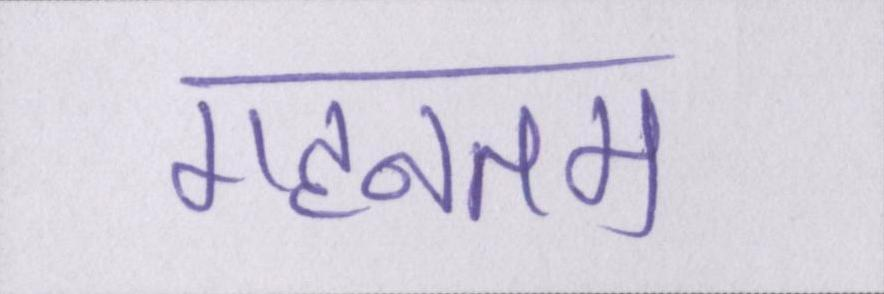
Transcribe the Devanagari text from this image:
गहनतम